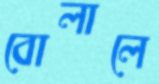
বোলালে